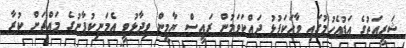
ޝަރީއަތުގެ އަޑުއެހުމުގައި ވާހަކަފުޅު ދައްކަވަމުން ރައީސް ޔާމީން ވިދާޅުވީ އެމަނިކުފާނުގެ މައްޗަށް ކުރާ